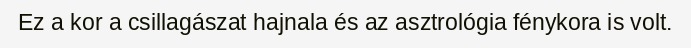
Ez a kor a csillagászat hajnala és az asztrológia fénykora is volt.